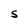
Character: S